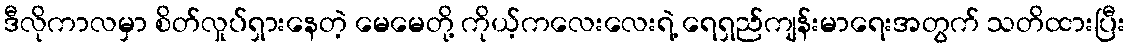
ဒီလိုကာလမှာ စိတ်လှုပ်ရှားနေတဲ့ မေမေတို့ ကိုယ့်ကလေးလေးရဲ့ ရေရှည်ကျန်းမာရေးအတွက် သတိထားပြီး